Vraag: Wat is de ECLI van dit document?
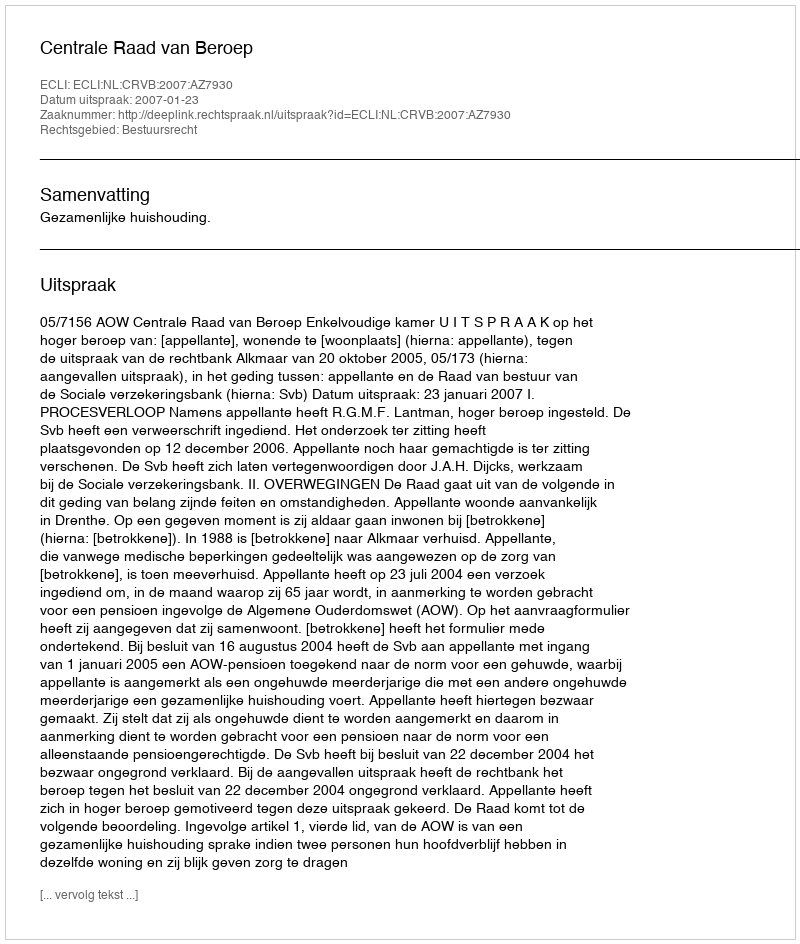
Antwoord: ECLI:NL:CRVB:2007:AZ7930